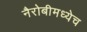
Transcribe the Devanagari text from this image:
नैरोबीमध्येच